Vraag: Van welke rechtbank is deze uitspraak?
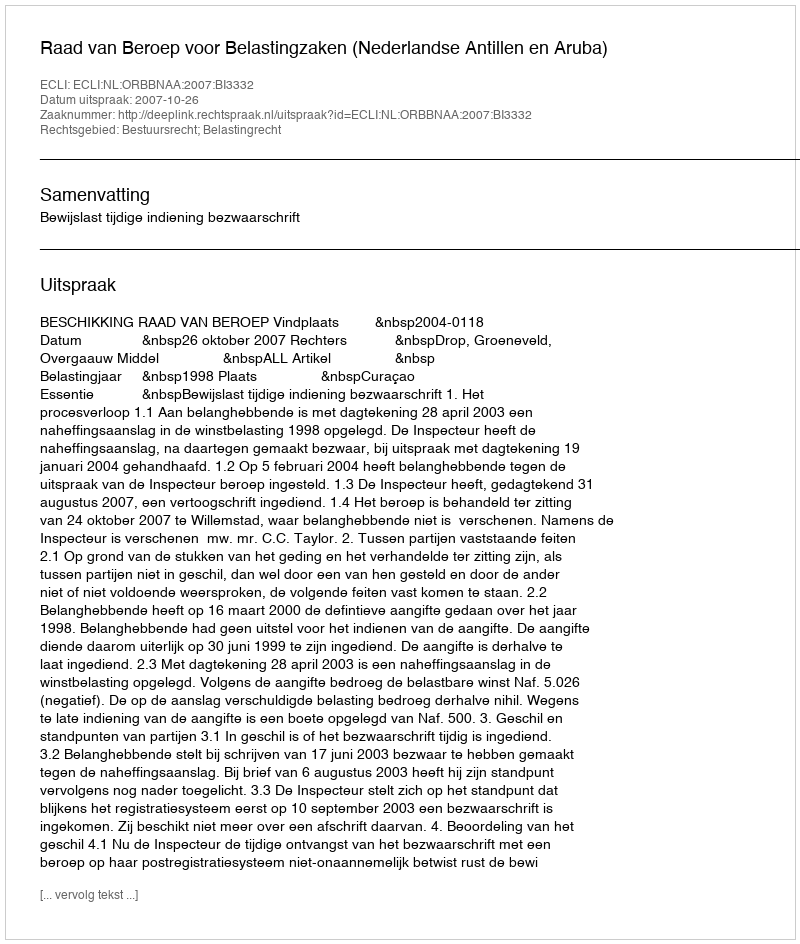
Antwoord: Raad van Beroep voor Belastingzaken (Nederlandse Antillen en Aruba)